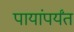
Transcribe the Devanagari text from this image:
पायांपर्यंत